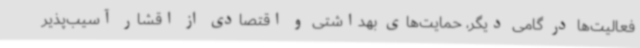
فعالیت‌ها در گامی دیگر، حمایت‌های بهداشتی و اقتصادی از اقشار آسیب‌پذیر